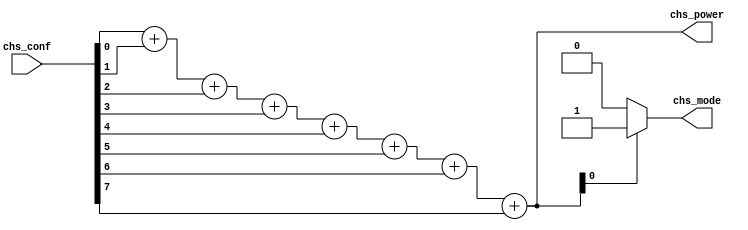
/*--  *******************************************************
--  Computer Architecture Course, Laboratory Sources 
--  Amirkabir University of Technology (Tehran Polytechnic)
--  Department of Computer Engineering (CE-AUT)
--  https://ce[dot]aut[dot]ac[dot]ir
--  *******************************************************
--  All Rights reserved (C) 2019-2020
--  *******************************************************
--  Student ID  : 
--  Student Name: 
--  Student Mail: 
--  *******************************************************
--  Additional Comments:
--
--*/

/*-----------------------------------------------------------
---  Module Name: Power Mode (Conting Ones)
---  Description: Module3: 
-----------------------------------------------------------*/
`timescale 1 ns/1 ns

module ModePower (
	input  [7:0] chs_conf  , 		// degree [temprature] 
	output reg [3:0] chs_power , 	// power  [cooler/heater] 
	output reg   chs_mode    	  	// model  [heat=1/cool=0]
);

	/* write your code here */
	always @(chs_conf)
	  begin
			chs_power = chs_conf[0] + chs_conf[1] + chs_conf[2] + chs_conf[3] + chs_conf[4] + chs_conf[5] + chs_conf[6] + chs_conf[7];
			if (chs_power[0] == 0) 		// chs_power is Even
				begin
					chs_mode = 0;
				end
			else								// chs_power is Odd
				begin
					chs_mode = 1;
				end
	  end
	
	/* write your code here */

endmodule